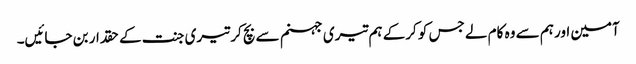
آمین اور ہم سے وہ کام لے جس کو کرکے ہم تیری جہنم سے بچ کر تیری جنت کے حقدار بن جائیں۔